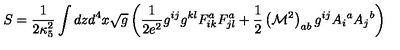
S = \frac { 1 } { 2 \kappa _ { 5 } ^ { 2 } } \int d z d ^ { 4 } x \sqrt { g } \left( \frac { 1 } { 2 e ^ { 2 } } g ^ { i j } g ^ { k l } F _ { i k } ^ { a } F _ { j l } ^ { a } + \frac { 1 } { 2 } \left( { \cal M } ^ { 2 } \right) _ { a b } g ^ { i j } A _ { i } { } ^ { a } A _ { j } { } ^ { b } \right)